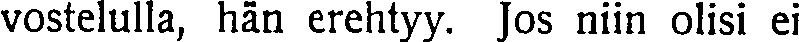
vostelulla, hän erehtyy. Jos niin olisi ei